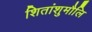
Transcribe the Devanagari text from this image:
शितांशुमौलि